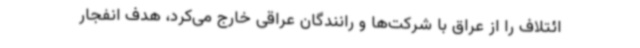
ائتلاف را از عراق با شرکت‌ها و رانندگان عراقی خارج می‌کرد، هدف انفجار